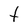
Character: t